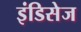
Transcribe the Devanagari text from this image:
इंडिसेज